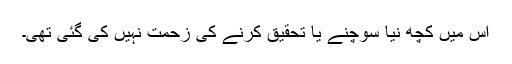
اس میں کچھ نیا سوچنے یا تحقیق کرنے کی زحمت نہیں کی گئی تھی۔